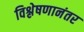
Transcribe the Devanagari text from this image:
विश्लेषणानंतर